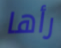
رأها